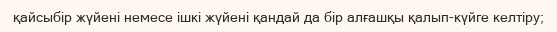
қайсыбір жүйені немесе ішкі жүйені қандай да бір алғашқы қалып-күйге келтіру;